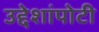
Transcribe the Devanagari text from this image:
उद्देशांपोटी